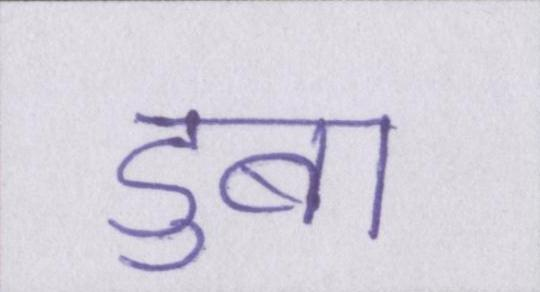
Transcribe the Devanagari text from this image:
डुबा